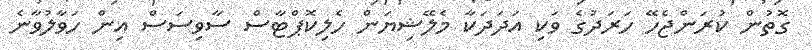
ގޮތުން ކުރަންޖެހޭ ހަރަދުގެ ވަކި އަދަދަކާ މެލޭޝިޔަން ހެލިކޮޕްޓާސް ސާވިސަސް އިން ހަވާލުވާނެ